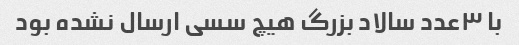
با ۳عدد سالاد بزرگ هیچ سسی ارسال نشده بود